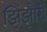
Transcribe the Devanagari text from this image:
झिंझोरी